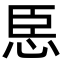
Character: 𢙞